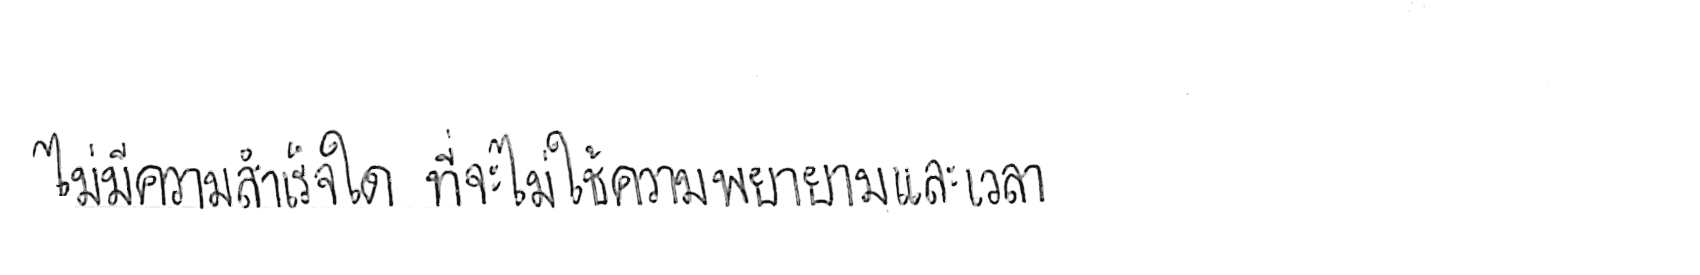
ไม่มีความสำเร็จใด ที่จะไม่ใช้ความพยายามและเวลา